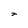
Character: 2